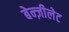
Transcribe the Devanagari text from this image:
बेन्ज़ीलेट